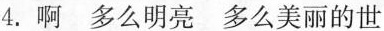
4.啊 多么明亮 多么美丽的世